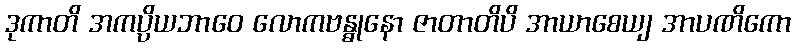
ဒုကာတိ အကပ္ပိယဘာဝေ လောကဗန္ဓုနော ဇာတာတိပိ အာယာစေယျ အာပဏိကော